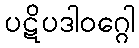
ပဋိပဒါဝဂ္ဂေါ